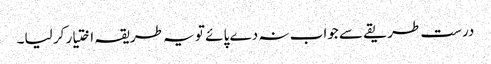
درست طریقے سے جواب نہ دے پائے تو یہ طریقہ اختیار کر لیا۔